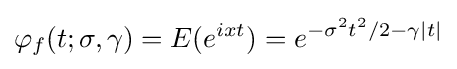
\varphi _{f}(t;\sigma ,\gamma )=E(e^{ixt})=e^{-\sigma ^{2}t^{2}/2-\gamma |t|}